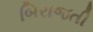
બિરાજતી